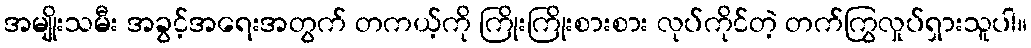
အမျိုးသမီး အခွင့်အရေးအတွက် တကယ့်ကို ကြိုးကြိုးစားစား လုပ်ကိုင်တဲ့ တက်ကြွလှုပ်ရှားသူပါ။